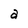
Character: a